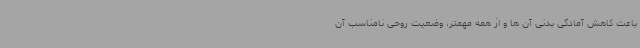
باعث کاهش آمادگی بدنی آن ها و از همه مهمتر، وضعیت روحی نامناسب آن